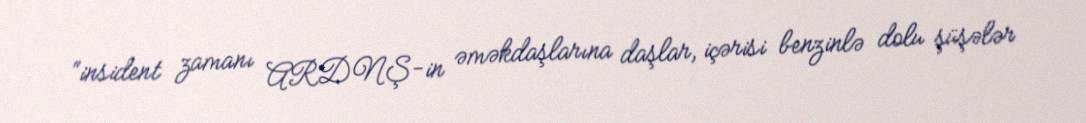
“insident zamanı ARDNŞ-in əməkdaşlarına daşlar, içərisi benzinlə dolu şüşələr